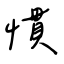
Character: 慣